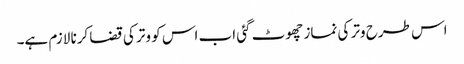
اس طرح وتر کی نماز چھوٹ گئی اب اس کو وتر کی قضا کرنا لازم ہے۔